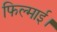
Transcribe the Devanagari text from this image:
फिल्माई।